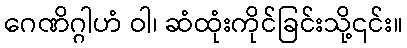
ဂေဏိဂ္ဂါဟံ ဝါ၊ ဆံထုံးကိုင်ခြင်းသို့၎င်း။